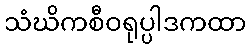
သံဃိကစီဝရုပ္ပါဒကထာ